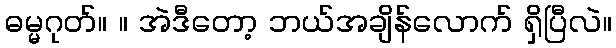
ဓမ္မဂုတ်။ ။ အဲဒီတော့ ဘယ်အချိန်လောက် ရှိပြီလဲ။